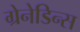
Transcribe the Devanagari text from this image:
ग्रेनेडिन्स